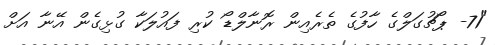
"71- ޕޯޗުގަލްގެ ހާފުގެ ތެރެއިން ރޮނާލްޑޯ ކުރި ފައުލަކާ ގުޅިގެން އޭނާ އަށް